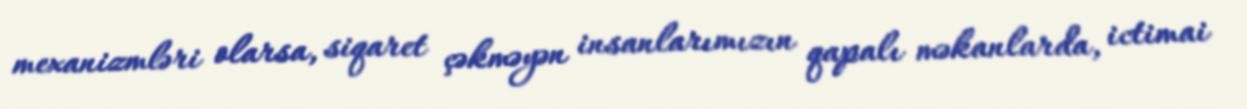
mexanizmləri olarsa, siqaret çəkməyən insanlarımızın qapalı məkanlarda, ictimai